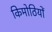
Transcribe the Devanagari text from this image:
किमोठियों